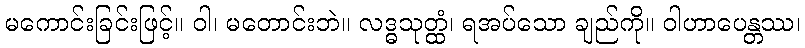
မကောင်းခြင်းဖြင့်။ ဝါ၊ မတောင်းဘဲ။ လဒ္ဓသုတ္ထံ၊ ရအပ်သော ချည်ကို။ ဝါဟာပေန္တဿ၊